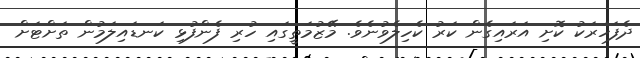
ދެފަހަރަކު ކޮށި އަރައިގެން ކަރު ކެހިލެވުނެވެ. މޭޒުމަތީގައި ހުރި ފެންފުޅި ކަނޑައިލަމުން ތަށްޓަށް